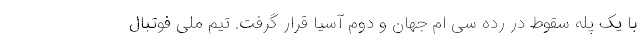
با یک پله سقوط در رده سی ام جهان و دوم آسیا قرار گرفت. تیم ملی فوتبال